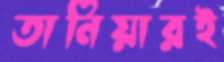
তানিয়ারই